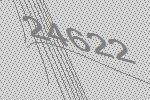
24622